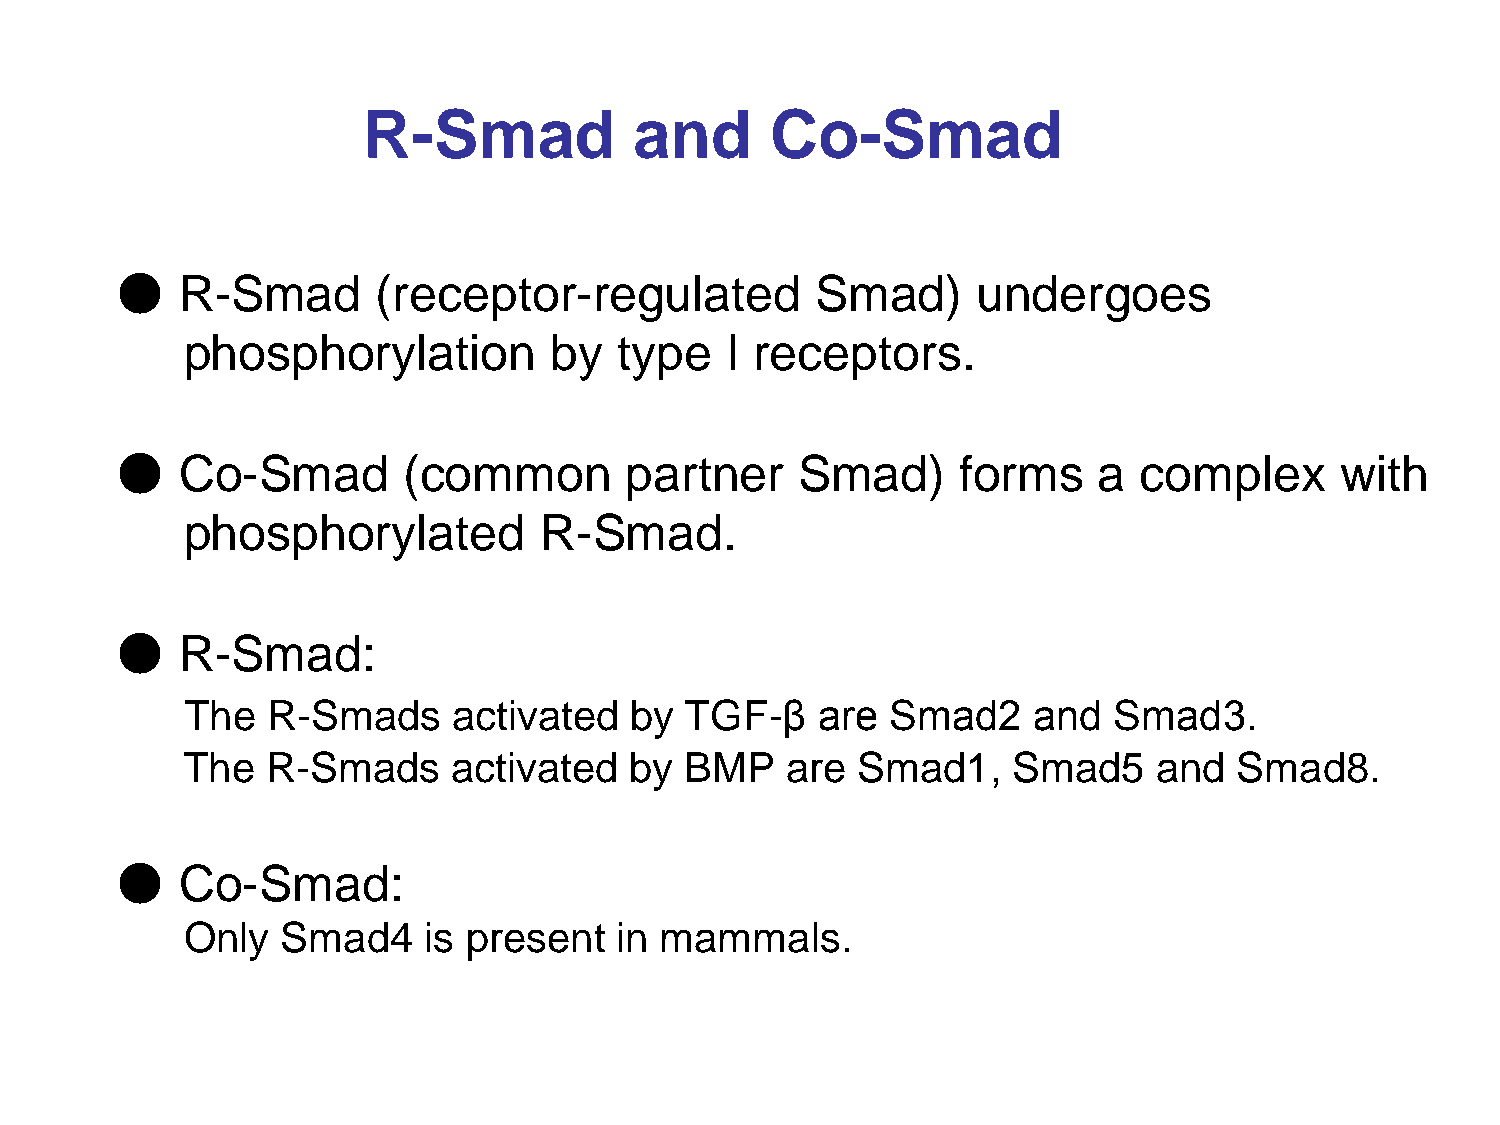
R-Smad            and      Co-Smad
 ●
 R-Smad       (receptor-regulated          Smad)      undergoes
 phosphorylation         by   type   I receptors.
 ●
 Co-Smad        (common       partner     Smad)      forms    a complex       with
 phosphorylated          R-Smad.
 ●
 R-Smad:
 The   R-Smads     activated   by TGF-β    are  Smad2    and   Smad3.
 The   R-Smads     activated   by BMP    are  Smad1,    Smad5     and  Smad8.
 ●
 Co-Smad:
 Only   Smad4    is present   in mammals.